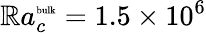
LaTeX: \mathbb{R}a_{c}^{\mathrm{{\tiny{bulk}}}}=1.5\times10^{6}